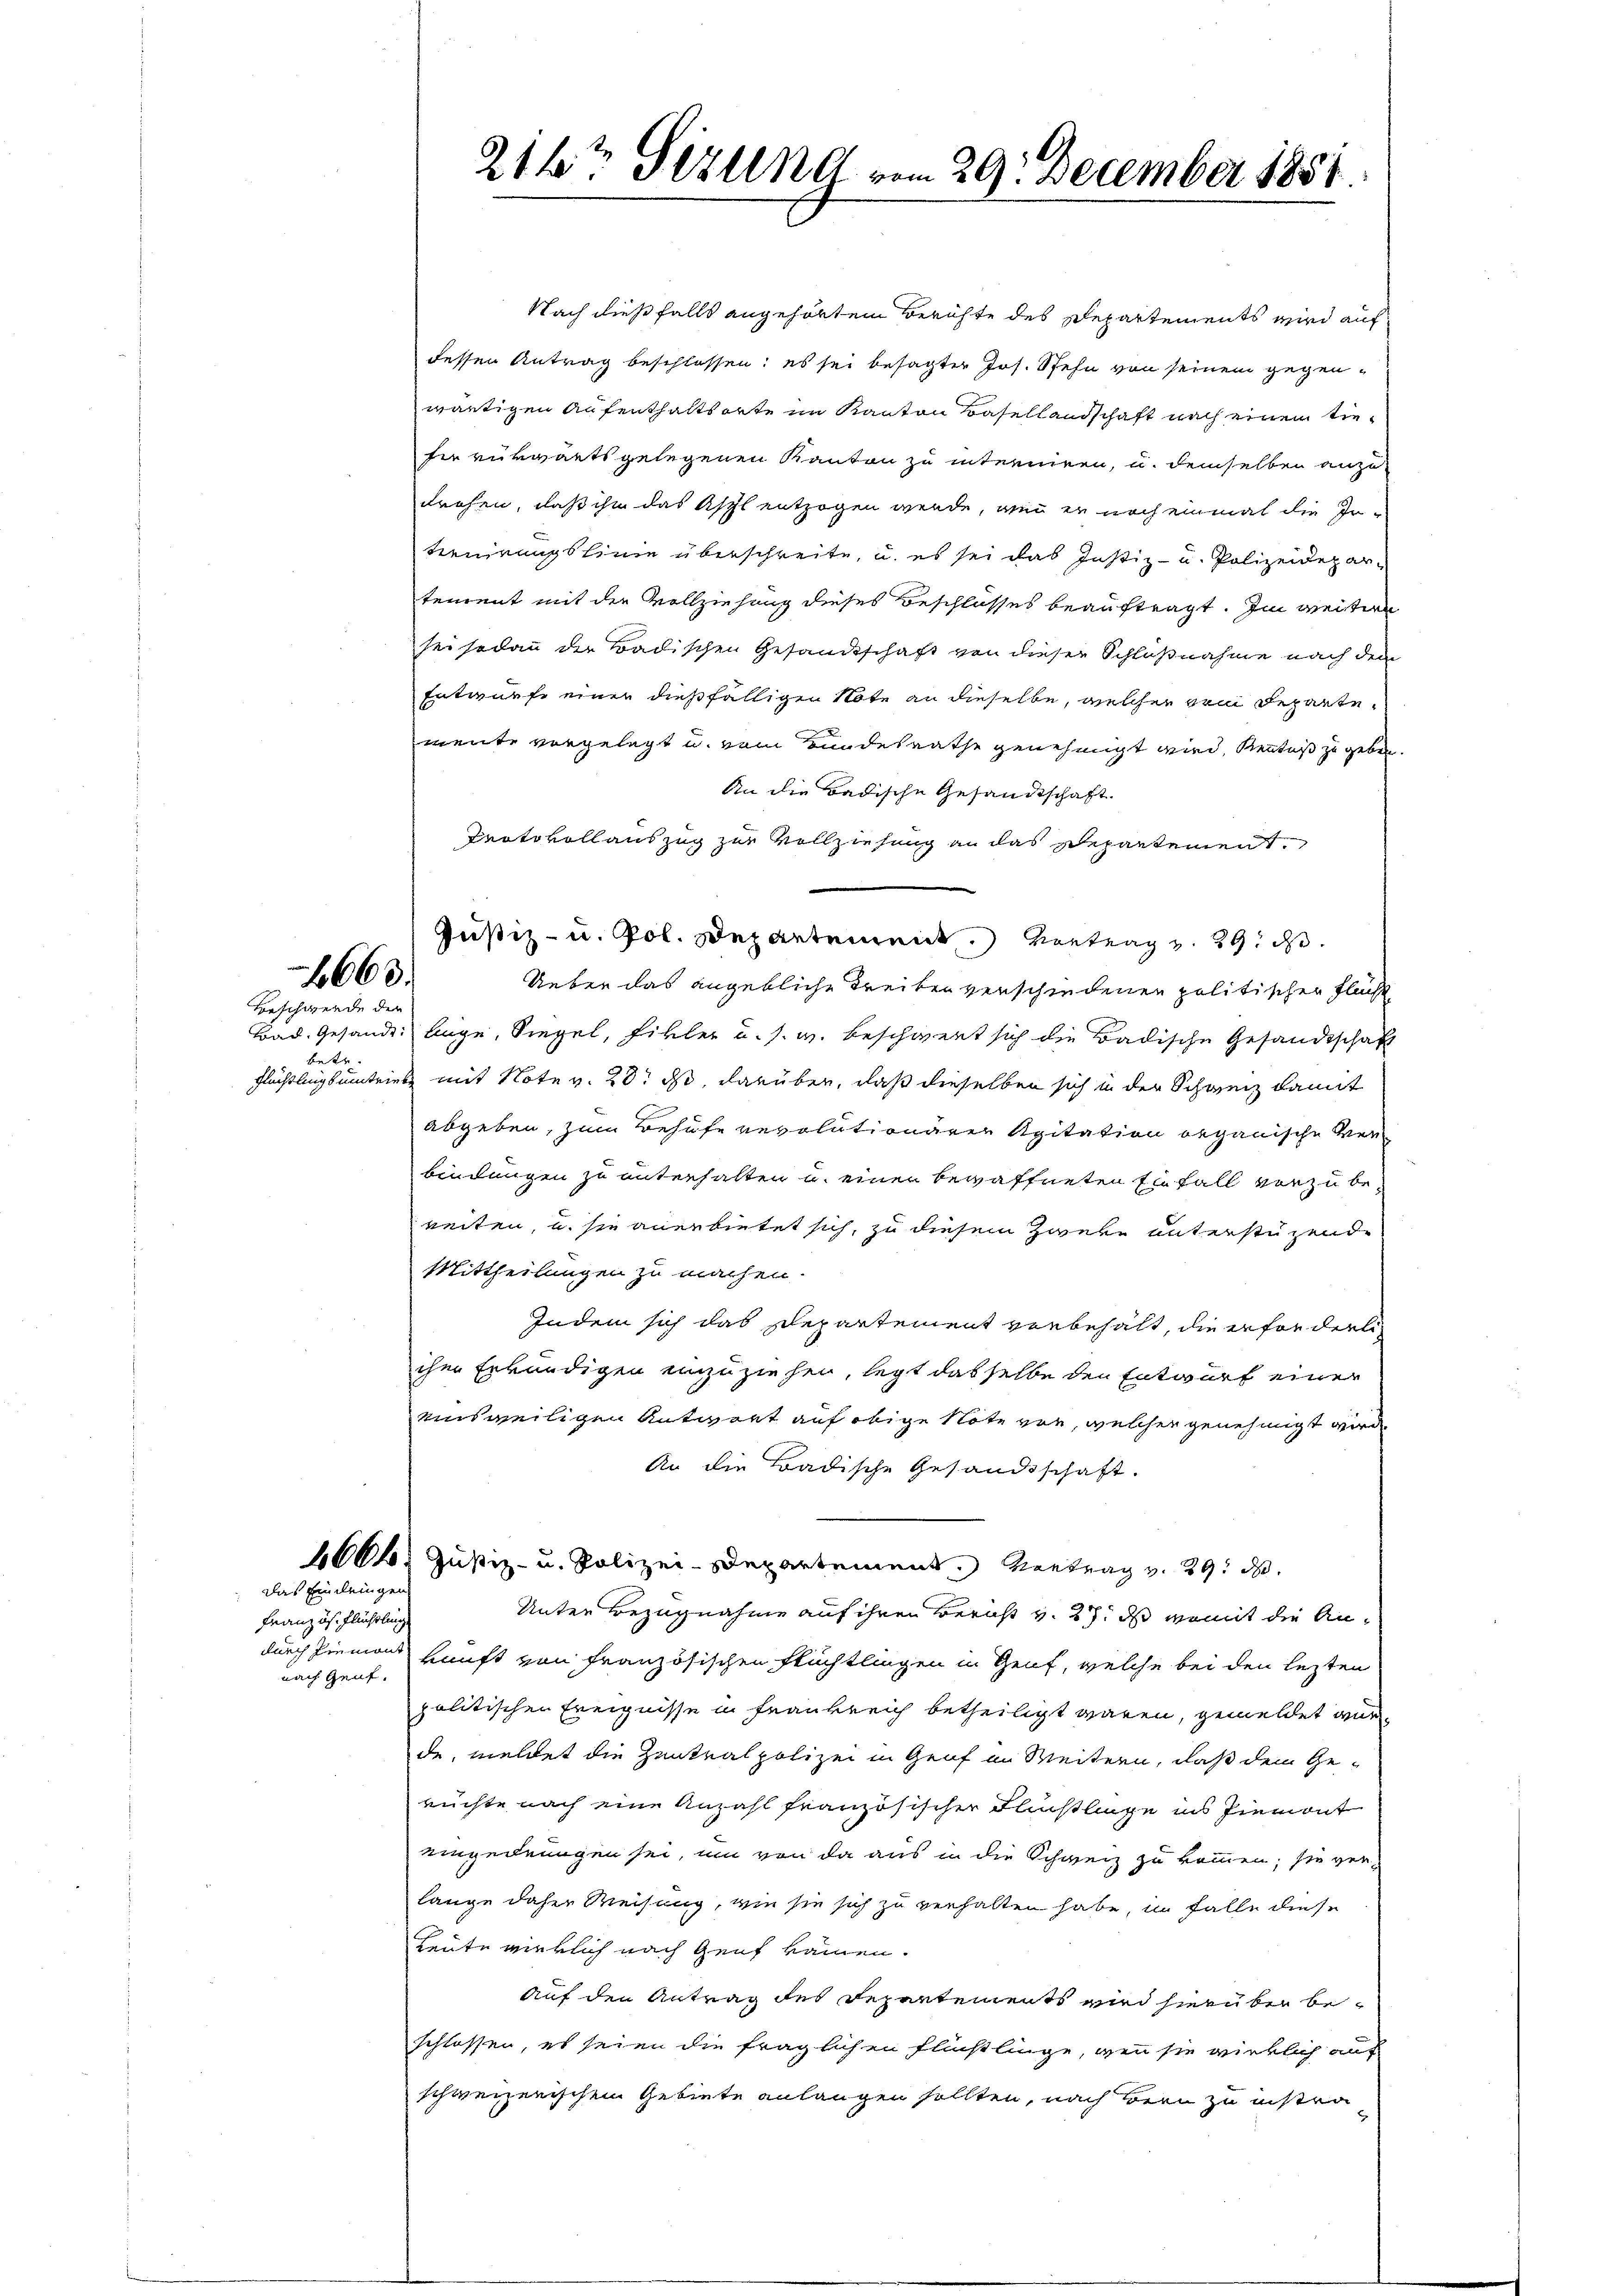
1663.

Beschwerde der
betr

das Einleingen
Französ. Flüchtling
nach Genf.

Nach dießfalls angehörten Berichte des Departements wird auf
dessen Antrag beschlossen: es sei besagter Jos. Stehn von seinem gegenwärtigen Aufenthaltsorte im Kanton Basellandschaft nach einem tiesir verwarts gelegenen Kanton zu interniren, u. demselben anzudrehen, daß ihm das Asyl entzogen werde, wenn er noch einmal die In-
tenirungslinie überschreite, u. es sei das Justiz- u. Polizeidepar-
tenrent mit der Vollziehung dieses Beschlusses beauftragt. Im weitere
sei sodann der Badischen Gesandtschaft von dieser Schlußnahme nach dem
Entwurfe einer dießfälligen Note an dieselbe, welcher ein Repartemente vorgelegt u. vom Bundesrathe genehmigt wird, Kenntniß zu geben.
An die Badische Gesandtschaft.
Protokollauszug zur Vollziehung an das Separtement
Justiz- u. Pol. Departement. Vortrag v. 29. d.
Ueber das angebliche Treiben verschiedenen politischen Fläche
Bad. Gesandt: liege, Siegel, Fikler u. s. w. beschwert sich die Badische Gesandtschaft
Flüchtlingsumtriebe mit Note v. 28. ds, darüber, daß dieselben sich in der Schweiz damit
abgeben, zum Behufe revolutionärer Agitation organische Verbindungen zu unterhalten u. einer bewaffneten Einfall vorzubereiten, u. sie anerbietet sich, zu diesem Zweke unterstüzende
Mittheilungen zu machen.
Indem sich das Departement vorbehält, die erforderli-
ihm Erkundigen einzuziehen, legt dasselbe den Entwurf einer
einsweiligen Antwort auf obige Note vor, welcher genehmigt wird.
An die Badische Gesandtschaft.
664. Justiz- u. Polizei-Departement. Vertrag v. 29. d.
Unter Bezugnahme auf ihren Bericht v. 27. ds womit die Andurch Piemons kunft von Französischen Flüchtlingen in Genf, welche bei den lezten
politischen Ereignisse in Frankreich betheiligt waren, gemeldet wur
de, meldet die Zentralpolizei in Genf im Weitern, daß dem Ge-
rüchte nach eine Anzahl französischer Finslinge ins Piemont
eingedrungen sei, um von da aus in die Schweiz zu kommen; sie verlange daher Weisung, wie sie sich zu verhalten habe, im Falle diese
Leute wirklich nach Genf kammen.
auf den Antrag des Departements wird hierüber beschlossen, es seien die fraglichen Flüchtlinge, wenn sie wirklich auf
schweizerischen Gebiete anlangen sollten, nach Bern zu instra

211te Sitzung vom 29. December 1851.